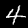
Label: 4